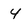
Character: 4